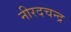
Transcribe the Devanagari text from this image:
नीरदचन्द्र